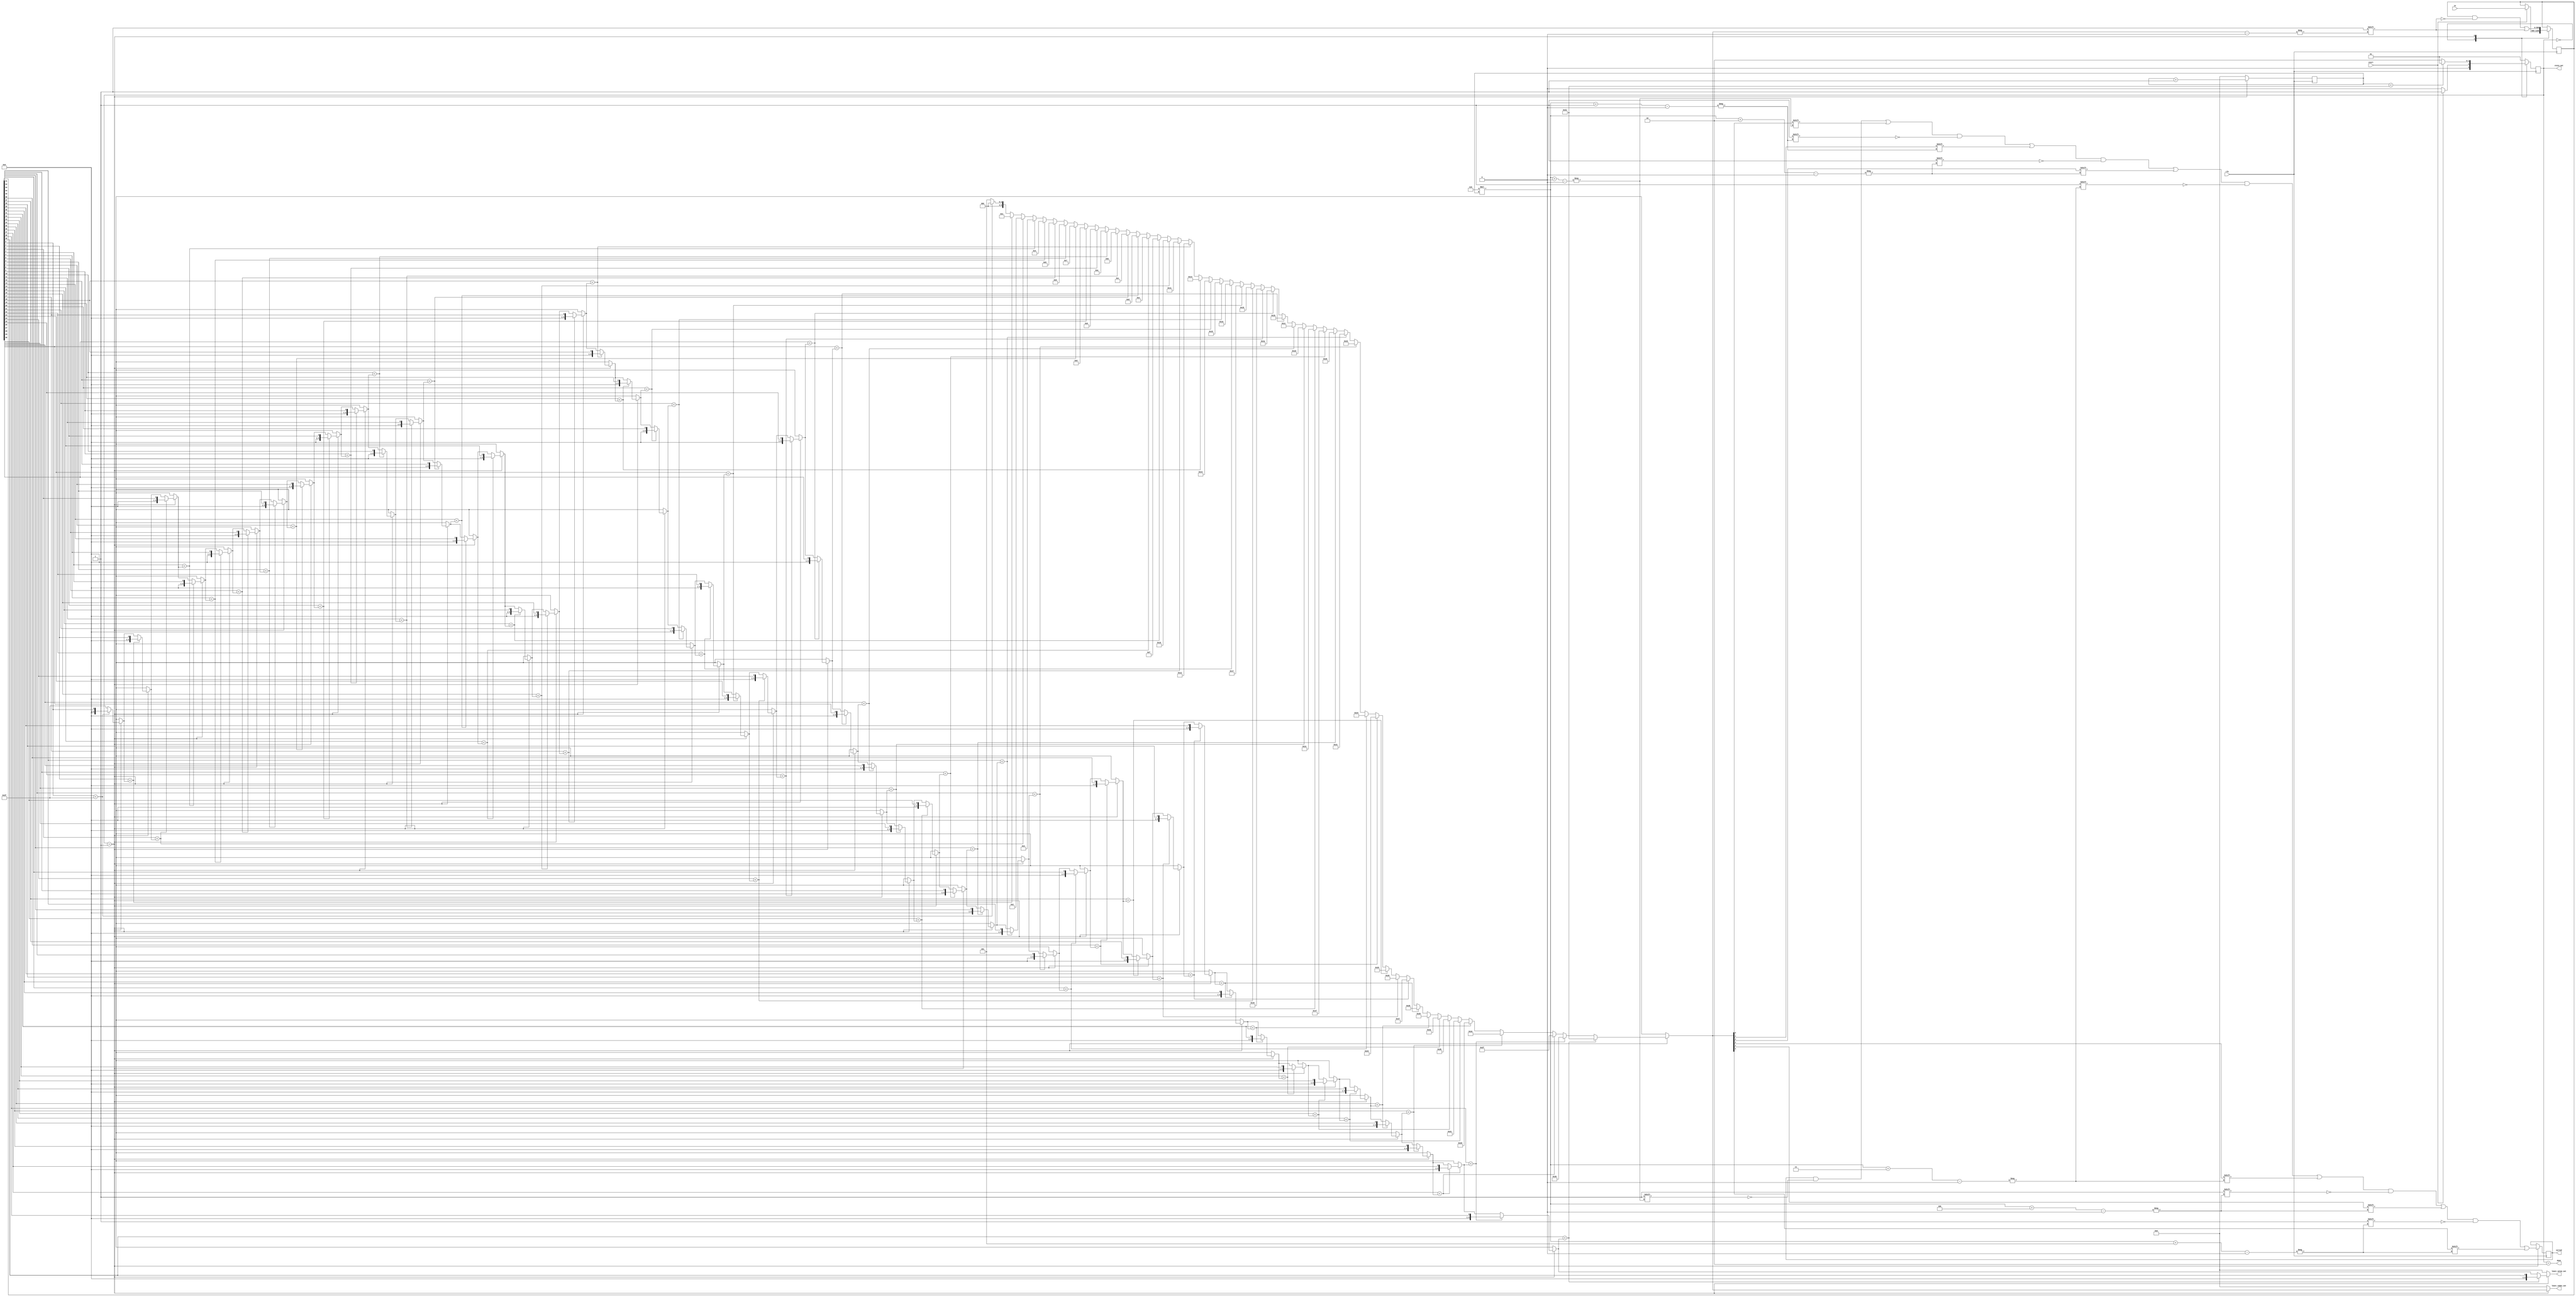
`timescale 1ns / 1ps
//////////////////////////////////////////////////////////////////////////////////
// Company: 
// Engineer: 
// 
// Design Name: 
// Module Name:    PopSorter 
// Project Name: 
// Target Devices: 
// Tool versions: 
// Description: 
//
// Dependencies: 
//
// Revision: 
// Revision 0.01 - File Created
// Additional Comments: 
//
//////////////////////////////////////////////////////////////////////////////////
module PopSorter(
	 input clk,
	 input start,
    input [599:0] in,
    output reg [299:0] sorted,
	 output [5:0] least_index_out,
	 output [5:0] least_value_out,
	 output [1:0] state_out,
	 output done
    );
	 
	 reg [599:0] distances, next_distances;
	 
	 reg [1:0] state, next_state; assign state_out = state;
	 reg [5:0] counter, next_counter;
	 
	 reg [5:0] least_index; assign least_index_out = least_index;
	 reg [5:0] least_value; assign least_value_out = least_value;
	 
	 reg [299:0] next_sorted;
	 
	 assign done = ( state == 2 );
	 
	 integer i, j;
	 initial begin
		sorted = 0; next_sorted = 0;
		distances = 0; next_distances = 0;
		
		state = 0; next_state = 0;
		counter = 0; next_counter = 0;
		least_index = 0;
	 end
	 
	 always @ ( * )
	 begin
		least_index = 0;
		least_value = 0;
		
		next_sorted = sorted;
		next_distances = distances;
		
	   // state 0: waiting to start state
		// state 1: processing state
		// state 2: done state
		case ( state )
		0:
		begin
			if ( start )
			begin
				next_state = 1;
				
				// sample from input when we are starting						
				next_distances = in;
			end
			else
				next_state = 0;
			
			next_counter = 0;
		end
		1:
		begin
			// stay in this state until the counter is full
			if ( counter < 49 )
				next_state = 1;
			else
				next_state = 2;
				
			least_value = 6'b111111;
			least_index = 5;
			for ( i = 0; i < 50; i = i + 1 )
			begin
				if ( distances[i] < least_value )
				begin
					least_value = distances[i];
					least_index = i;
				end
			end
			
			// save that index and
			// set that index to a max value so it won't be picked up again
			for ( i = 0; i < 6; i = i + 1 )
				next_sorted[6 * counter + i] = least_index[i];
			next_distances[least_index] = 12'b111111111111;
			
			next_counter = counter + 1;
		end
		default:
		begin
			next_state = 1;
			next_counter = 0;
		end
		endcase
	end

	always @ ( posedge clk )
	begin		
		sorted <= next_sorted;
		distances <= next_distances;
		
		state <= next_state;
		counter <= next_counter;
	end

endmodule